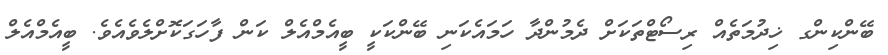
ބޭންކިންގ ޚިދުމަތެއް ރިސޯޓްތަކަށް ދެމުންދާ ހަމައެކަނި ބޭންކަކީ ބީއެމްއެލް ކަން ފާހަގަކޮށްލެވެއެވެ. ބީއެމްއެލް